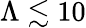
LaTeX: \Lambda\lesssim 10